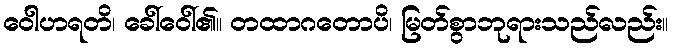
ဝေါဟရတိ၊ ခေါ်ဝေါ်၏။ တထာဂတောပိ၊ မြတ်စွာဘုရားသည်လည်း။